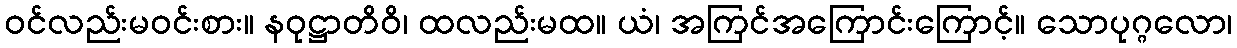
ဝင်လည်းမဝင်းစား။ နဝုဋ္ဌာတိဝိ၊ ထလည်းမထ။ ယံ၊ အကြင်အကြောင်းကြောင့်။ သောပုဂ္ဂလော၊